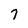
Character: 7